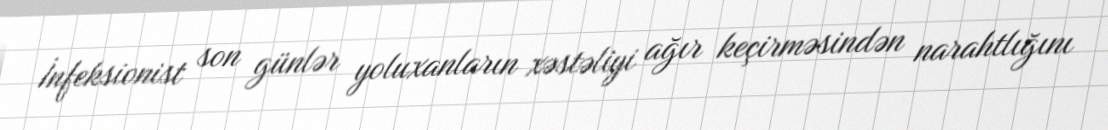
İnfeksionist son günlər yoluxanların xəstəliyi ağır keçirməsindən narahtlığını